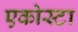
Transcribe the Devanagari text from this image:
एकोस्टा